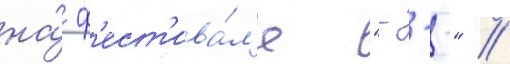
на́ ф'ест'ива́л'е "---" //